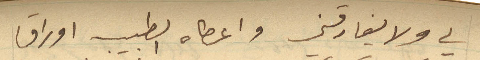
لي ولا يفارقني واعطاه الطبيب اوراق